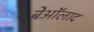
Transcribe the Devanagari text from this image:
बेऑलाद